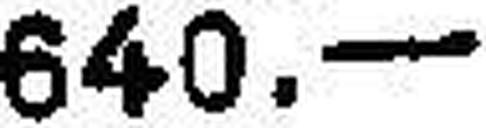
640.—